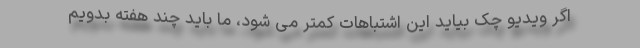
اگر ویدیو چک بیاید این اشتباهات کمتر می شود، ما باید چند هفته بدویم